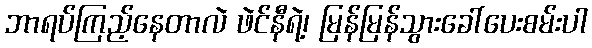
ဘာရပ်ကြည့်နေတာလဲ ဖဲင်နီရဲ့၊ မြန်မြန်သွားခေါ်ပေးစမ်းပါ